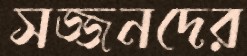
সজ্জনদের